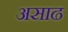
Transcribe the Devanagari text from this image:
असाढ